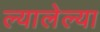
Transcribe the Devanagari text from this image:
ल्यालेल्या